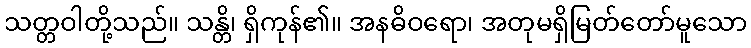
သတ္တဝါတို့သည်။ သန္တိ၊ ရှိကုန်၏။ အနဓိဝရော၊ အတုမရှိမြတ်တော်မူသော